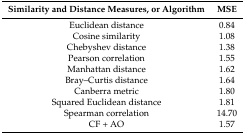
<table><thead><tr><td><b>Similarity and Distance Measures, or Algorithm</b></td><td><b>MSE</b></td></tr></thead><tbody><tr><td>Euclidean distance</td><td>0.84</td></tr><tr><td>Cosine similarity</td><td>1.08</td></tr><tr><td>Chebyshev distance</td><td>1.38</td></tr><tr><td>Pearson correlation</td><td>1.55</td></tr><tr><td>Manhattan distance</td><td>1.62</td></tr><tr><td>Bray–Curtis distance</td><td>1.64</td></tr><tr><td>Canberra metric</td><td>1.80</td></tr><tr><td>Squared Euclidean distance</td><td>1.81</td></tr><tr><td>Spearman correlation</td><td>14.70</td></tr><tr><td>CF + AO</td><td>1.57</td></tr></tbody></table>